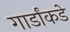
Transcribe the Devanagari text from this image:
गार्डांकडे